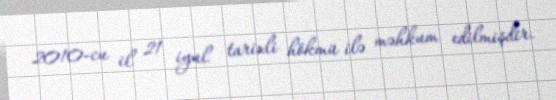
2010-cu il 21 iyul tarixli hökmü ilə məhkum edilmişdir.